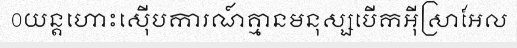
0យន្តហោះស៊ើបការណ៍គ្មានមនុស្សបើកអ៊ីស្រាអែល